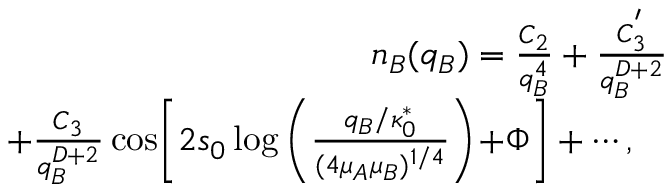
\begin{array} { r l r } & { } & { n _ { B } ( q _ { B } ) = \frac { C _ { 2 } } { q _ { B } ^ { 4 } } + \frac { C _ { 3 } ^ { ' } } { q _ { B } ^ { D + 2 } } } \\ & { } & { + \frac { C _ { 3 } } { q _ { B } ^ { D + 2 } } \cos \! \left[ 2 s _ { 0 } \log \left( \frac { q _ { B } / \kappa _ { 0 } ^ { * } } { ( 4 \mu _ { A } \mu _ { B } ) ^ { 1 / 4 } } \right) \! + \! \Phi \right] + \cdots , \ \ \ } \end{array}